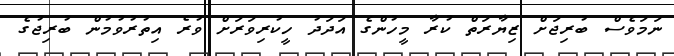
ނަމަވެސް ބުރިޖަށް ޒިޔާރަތް ކުރާ މީހުންގެ އަދަދު ހީކުރިވަރަށް ވުރެ އިތުރުވުމުން ބުރިޖުގެ